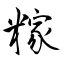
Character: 糘